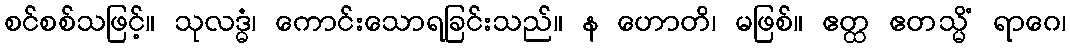
စင်စစ်သဖြင့်။ သုလဒ္ဓံ၊ ကောင်းသောရခြင်းသည်။ န ဟောတိ၊ မဖြစ်။ ဧတ္ထ ဧတသ္မိံ ရာဂေ၊